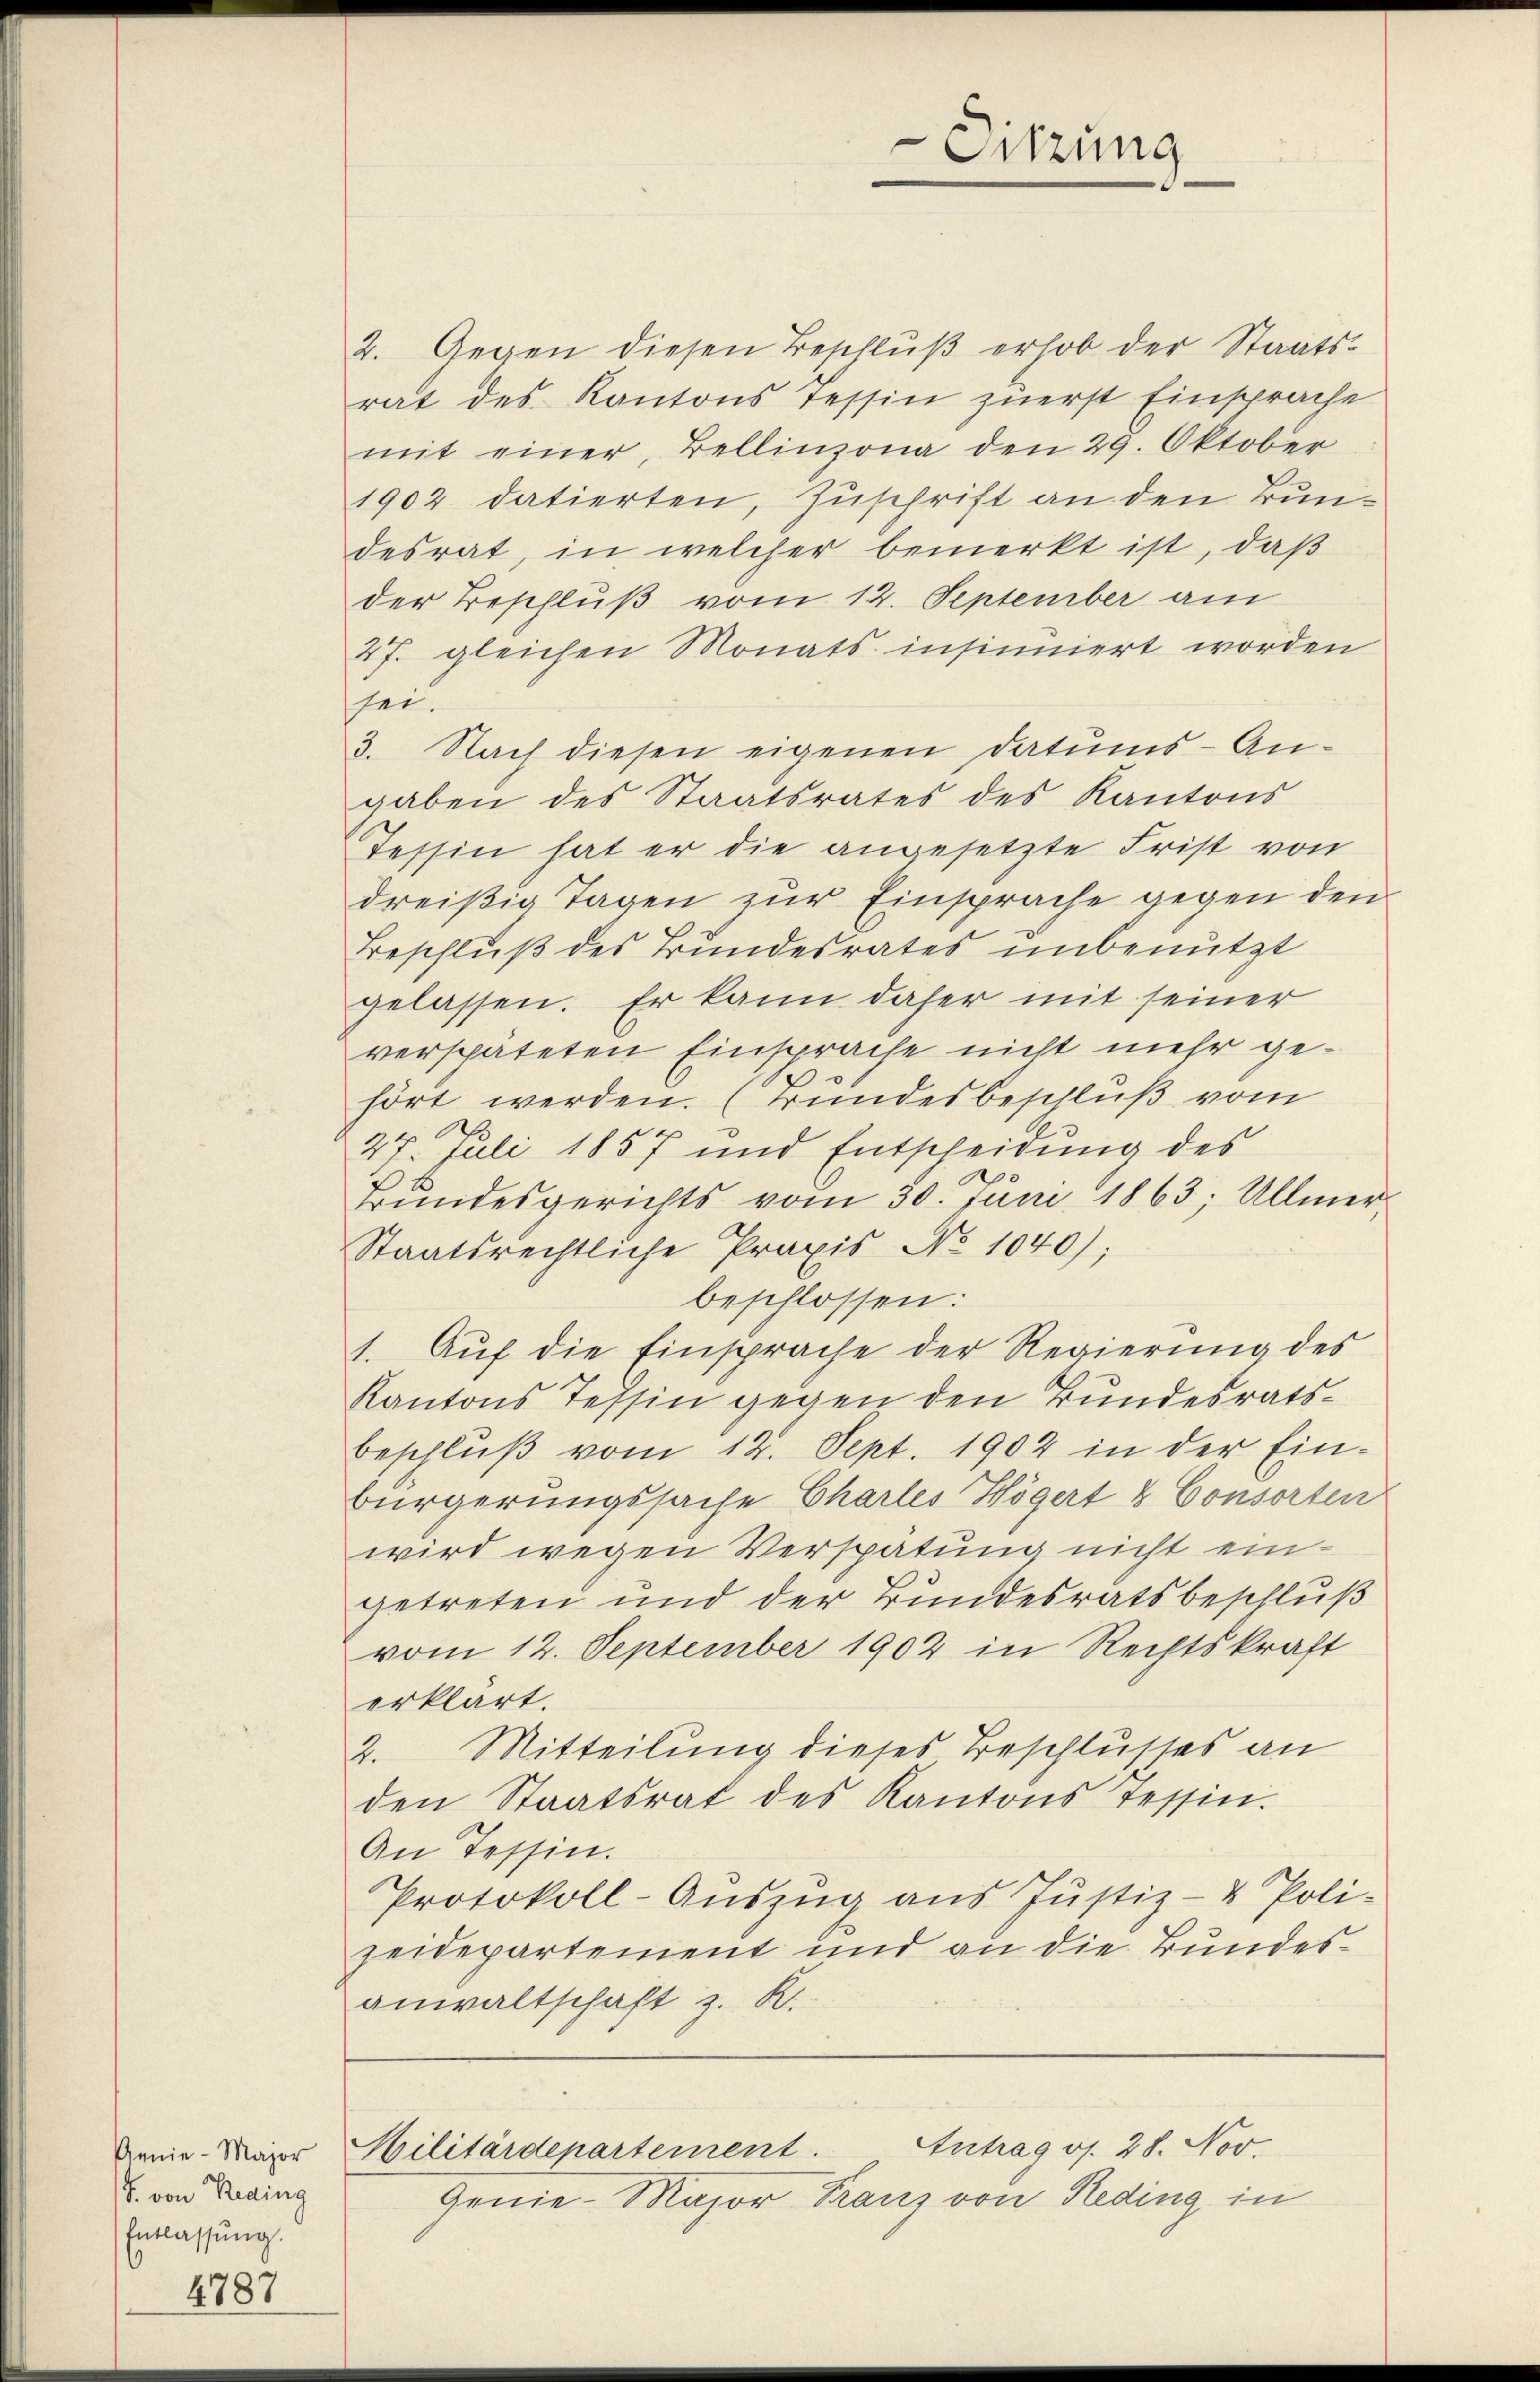
Genie-Major
8. von Reding
Entlassung.

4787

2. Gegen diesen Beschlŭβ erhob der Staats-
rat des Kantons Tessin zuerst Einsprache
mit einer, Bellinzona den 29. Oktober
1902 datierten, Zuschrift an den Bundesrat, in welcher bemerkt ist, daß
der Beschluß vom 12. September am
27. gleichen Monats insiniert worden
sei.
3. Nach diesen eigenen Datums-An-
gaben des Staatsrates des Kantons
Tessin hat er die angesetzte Frist von
dreißig Tagen zur Einsprache gegen den
Beschluß des Bundesrates unbenutzt
gelassen. Er kann daher mit seiner
verspäteten Einsprache nicht mehr gehört werden. (Bundesbeschluß vom
27. Juli 1857 und Entscheidung des
Bundesgerichts vom 30. Juni 1863; Ullmer¬
Staatsrechtliche Praxis No 1040);
beschlossen:
1. Aŭf die Einsprache der Regierŭng des
Kantons Tessin gegen den Bundesratsbeschlŭβ vom 12. Sept. 1902 in der Ein-
bürgerungssache Chartes Högert & Consorten
wird wegen Verspätung nicht eingetreten und der Bundesratsbeschluß
vom 12. September 1902 in Rechtskraft
erklärt.
2. Mitteilung dieses Beschlusses an
den Staatsrat des Kantons Tessin.
An Tessin.
Protokoll-Aŭszŭg ans Jŭstiz- & Poli-
zeidepartement und an die Bundesanwaltschaft z. R.

Sitzung

Militärdepartement. Antrag os. 28. Nov.
Genie-Major Franz von Reding in